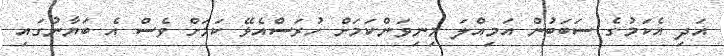
އަދި އެކަމުގެ ސަބަބުން އަމިއްލަ މިނިވަންކަމަށް ހުރަސްއެޅޭ ކަމަށް ވެސް އެ ބަޔާނުގައި